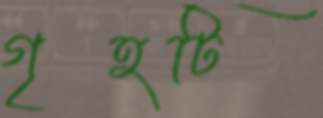
গৃহটি